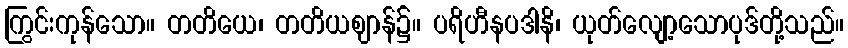
ကြွင်းကုန်သော။ တတိယေ၊ တတိယဈာန်၌။ ပရိဟီနပဒါနိ၊ ယုတ်လျော့သောပုဒ်တို့သည်။